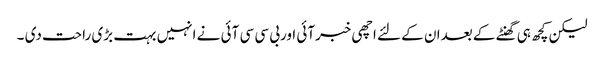
لیکن کچھ ہی گھنٹے کے بعدان کے لئے اچھی خبرآئی اوربی سی سی آئی نے انہیں بہت بڑی راحت دی ۔